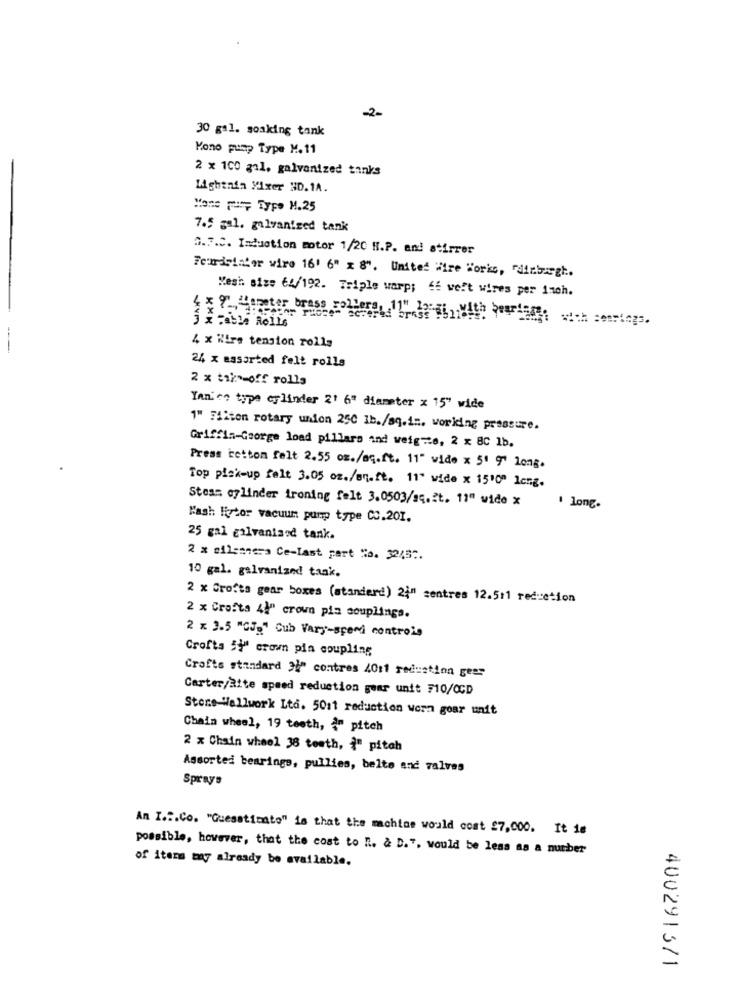
2-
30 gal. soaking tank
Kono pump Type M.11
2 x 100 gal, galvanized tanks
Lightnin Mixer ND. 1A.
Mane pup Type M.25
7.5 gal. galvanized tank
3. F.C. Induction motor 1/20 H.P. and stirrer
Fouriginfor wire 161 6" x 8". United Hire Works, "dinbirgt.
Mesh size 64/192. Triple warp; 65 welt wires per inch.
4 x 9",""taeter brass sollers, 11" 1;
3 x Fable Rolls
4 x Wlire tension rolls
---
24 x essorted felt rolls
2 x take-off rolls
Yani co type cylinder 21 6" diameter x 15" wide
1" Filion rotary union 250 1b./sq.in. working pressure.
Griffin-George load pillars and weig =te, 2 x 8C 1b.
Press rettom felt 2.55 oz./sq. ft. 11" vide x 51 9" Long.
Top pick-up felt 3.05 oz./sq.ft. 11" wide x 15'0" long.
Steam cylinder ironing felt 3.0503/sq. It. 11" wide x
I long.
Hash Fotor vacuum pump type CC.201.
25 gal galvanised tank.
2 x silennea Ce-last part "o. 3245 ;.
10 gal. galvanized tank.
2 x Crofts gear boxes (standerd) 24" centres 12.511 reduction
2 x Crafta 4\" crown pis souplings.
2 x 3.5 "CJp" Cub Vary-spendi controlo
Crofta S' crown pia coupling
Crofts standard "i" contres 4011 reduction geer
Carter/atte speed reduction gear unit 710/CCD
Store-Wellwork Ltd. 5011 reduction worn goar unit
Chain wheel, 19 teeth, {" pitch
2 x Chain wheel 38 teeth, {" pitch
Assorted bearings, pullies, belte and valves
Sprays
An I .:. Co. "Guesstimate" is that the machine would cost 27,000. It 1e
possible, however, that the cost to ". & D.". would be less as a number
of items may already be available.
4002913/1